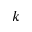
k